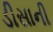
ડીસાની